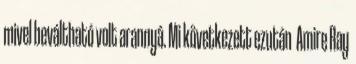
mivel beváltható volt arannyá. Mi következett ezután Amire Ray